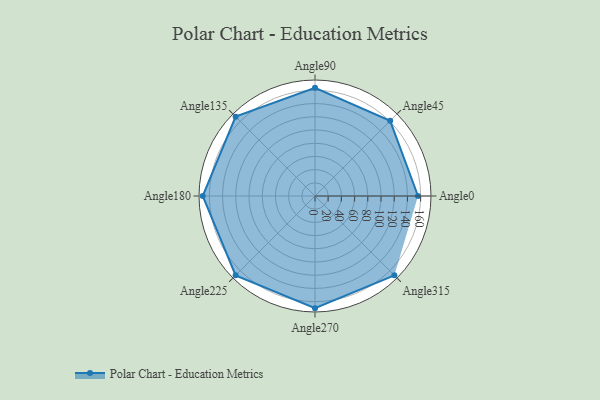
{"axis": {"x": "Angle", "y": "Radius"}, "legend": [""], "data": [{"x": "Angle0", "y": 156.0, "type": ""}, {"x": "Angle45", "y": 161.0, "type": ""}, {"x": "Angle90", "y": 164.0, "type": ""}, {"x": "Angle135", "y": 170, "type": ""}, {"x": "Angle180", "y": 170, "type": ""}, {"x": "Angle225", "y": 170, "type": ""}, {"x": "Angle270", "y": 170, "type": ""}, {"x": "Angle315", "y": 170, "type": ""}]}